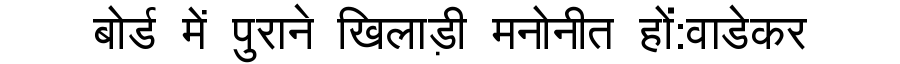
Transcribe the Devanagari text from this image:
बोर्ड में पुराने खिलाड़ी मनोनीत हों:वाडेकर